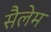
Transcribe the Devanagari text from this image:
सैलेम